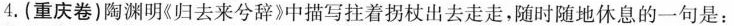
4.(重庆卷)陶渊明(归去来兮辞》中描写拄着拐杖出去走走，随时随地休息的一句是：